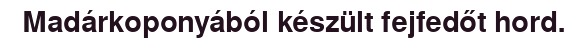
Madárkoponyából készült fejfedőt hord.